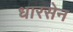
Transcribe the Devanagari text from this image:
धारसेन